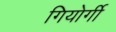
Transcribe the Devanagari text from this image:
गियोर्गी